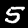
Label: 5